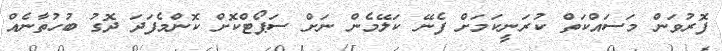
ފޮރުވަން މަސައްކަތް ކުރަނީކަމަށް ފެނޭ ކަލޭމެން ނަށް ސަޕޯޓްކޮށް ކޮންމެފަދަ ދޮގު ބުހުތާނެއް